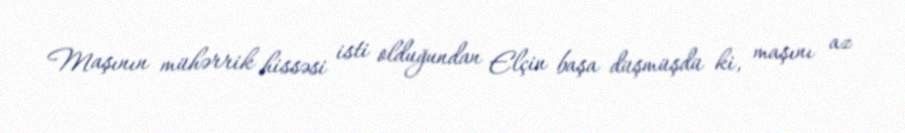
Maşının mühərrik hissəsi isti olduğundan Elçin başa düşmüşdü ki, maşını az